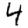
Digit: 4